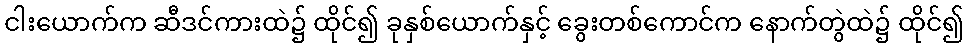
ငါးယောက်က ဆီဒင်ကားထဲ၌ ထိုင်၍ ခုနှစ်ယောက်နှင့် ခွေးတစ်ကောင်က နောက်တွဲထဲ၌ ထိုင်၍